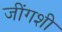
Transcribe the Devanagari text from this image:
जींगशी